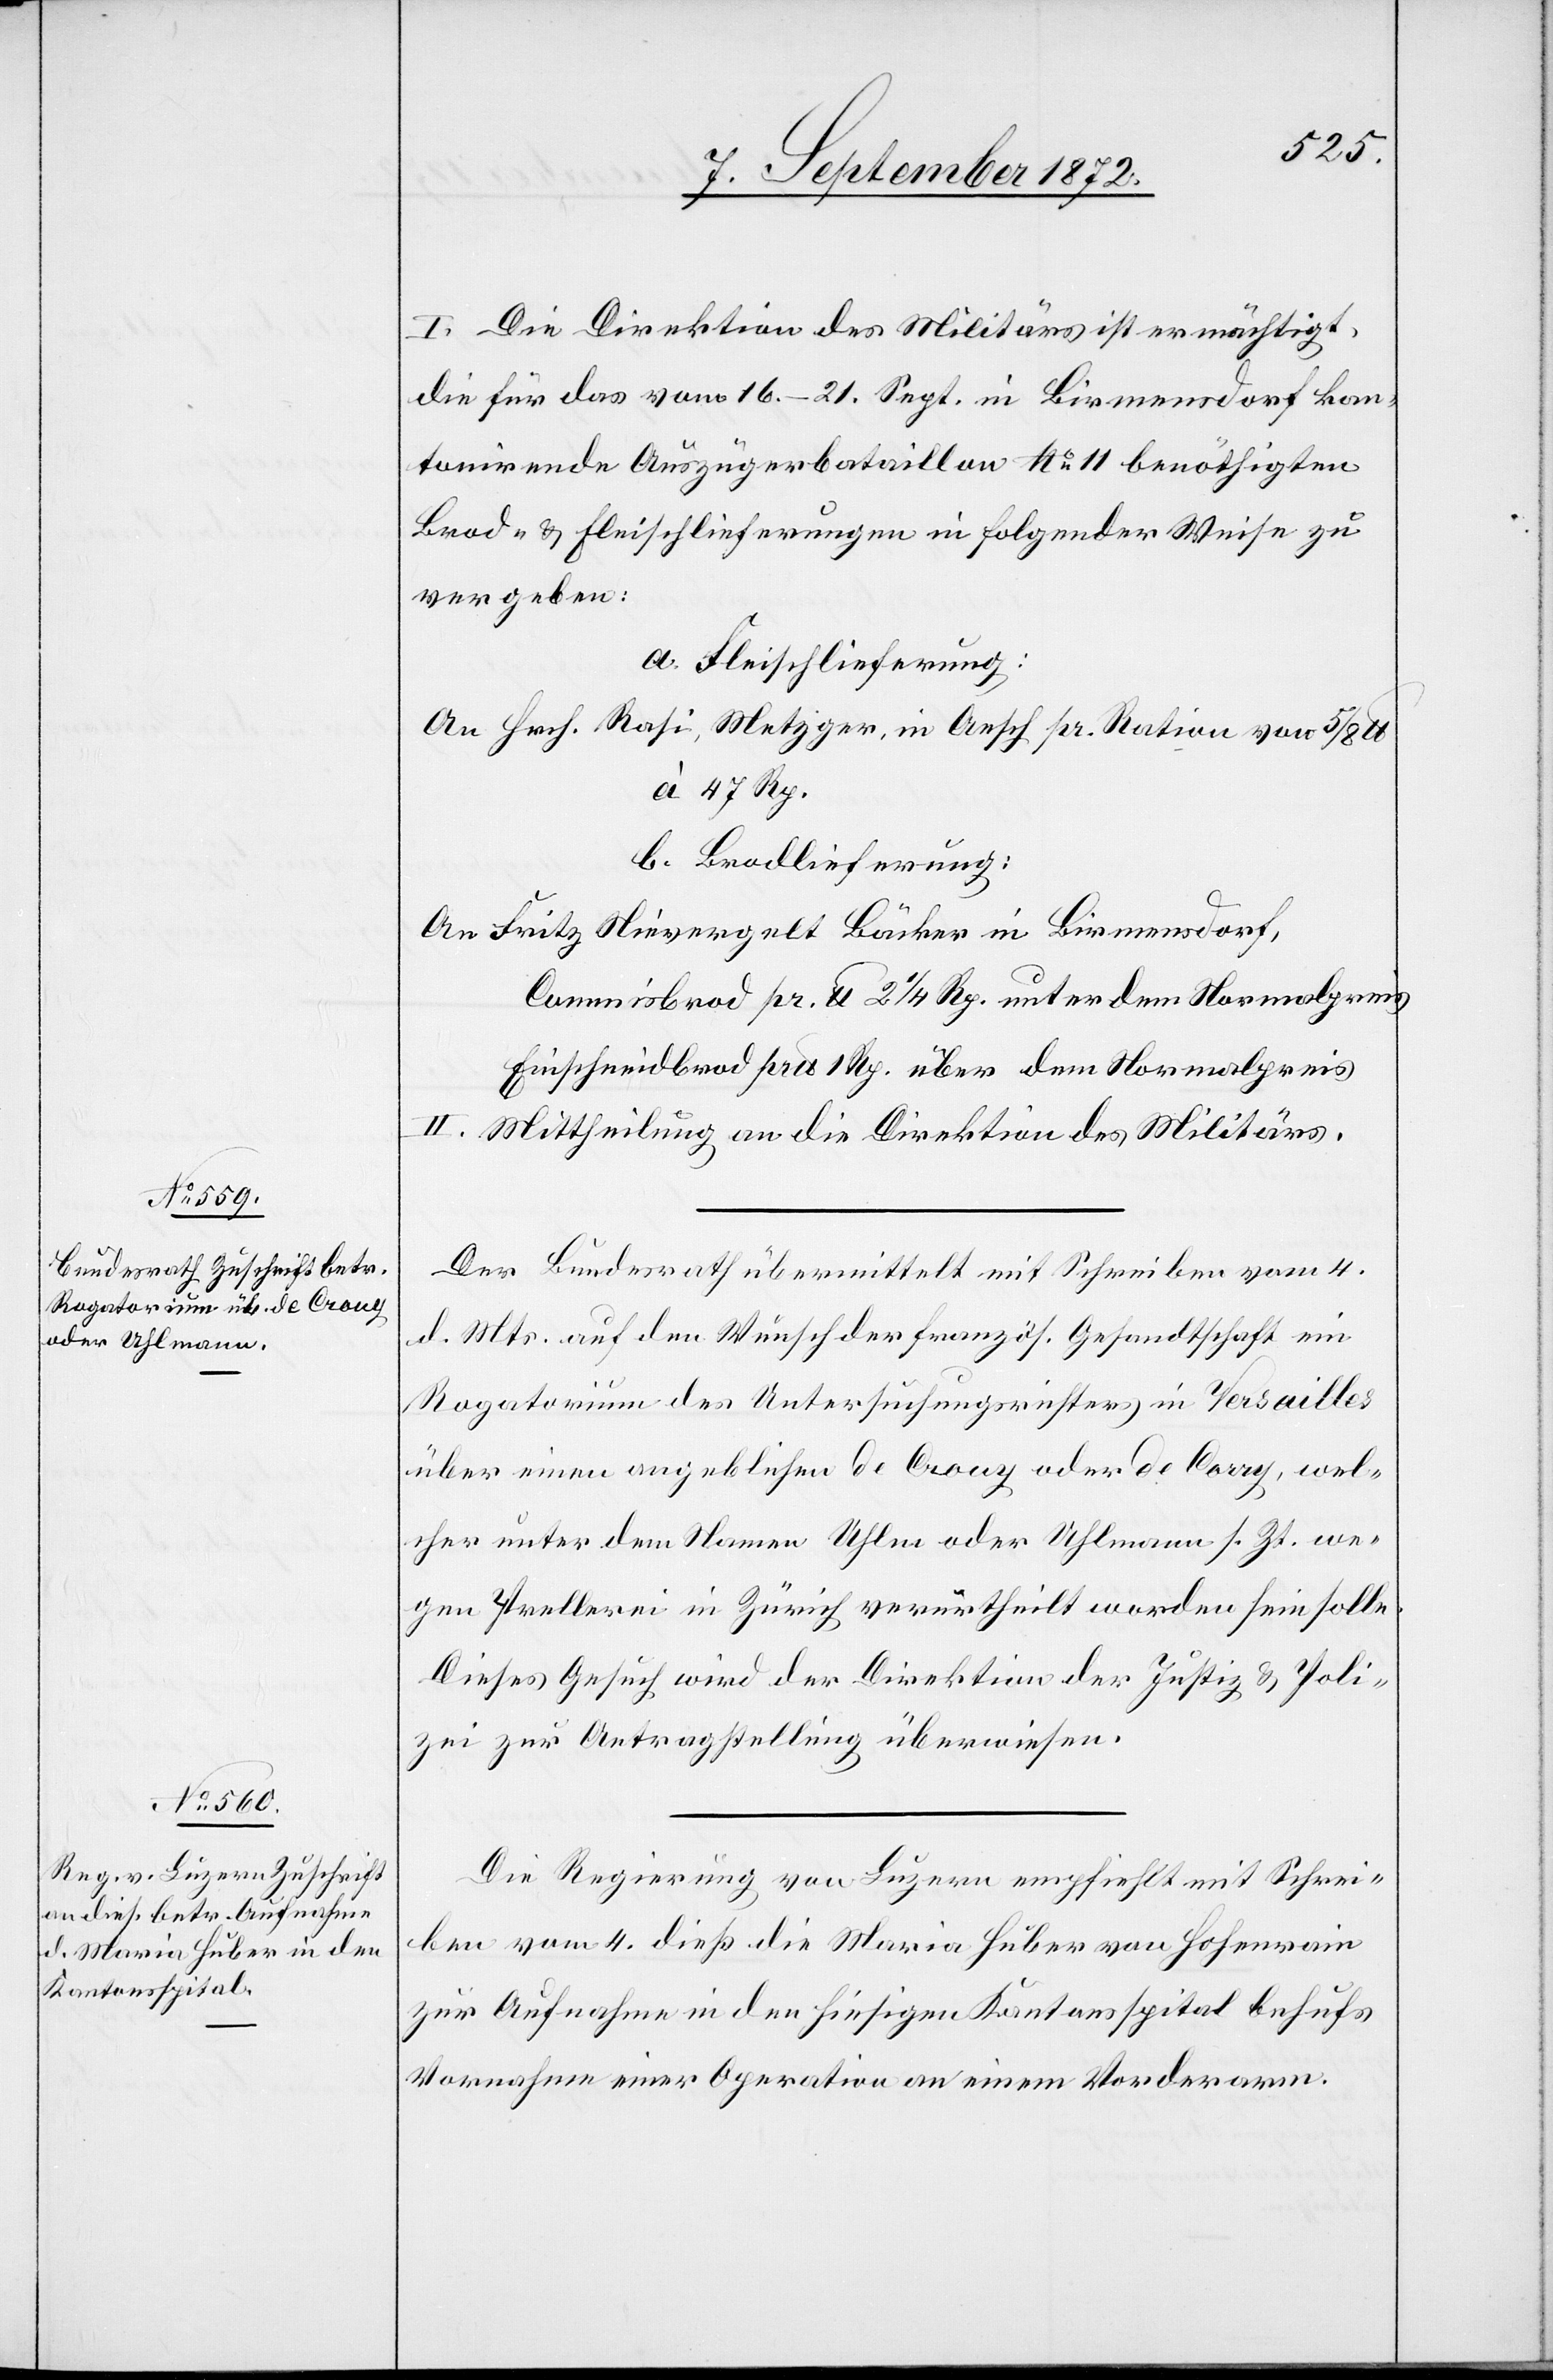
7. September 1872.]
I. Die Direktion des Militärs ist ermächtigt,
die für das vom 16.–21. Sept. in Birmensdorf kan¬
tonirende Auszügerbataillon No 11 benöthigten
Brod- u. Fleischlieferungen in folgender Weise zu
vergeben:
a. Fleischlieferung:
An Hrch. Rasi, Metzger, in Oesch pr. Ration von 5/8
à 47 Rp.
b. Brodlieferung:
An Fritz Nievergelt Bäcker in Birmensdorf,
Commisbrod pr. lb. 2 1/4 Rp. unter dem Normalpreis
Einschneidbrod pr. lb. 1 Rp. über dem Normalpreis
II. Mittheilung an die Direktion des Militärs.
Der Bundesrath übermittelt mit Schreiben vom 4.
d. Mts. auf den Wunsch der französ. Gesandtschaft ein
Rogatorium des Untersuchungsrichters in Versailles
über einen angeblichen de Crouy oder de Corry, wel¬
cher unter dem Namen Uhlm oder Uhlmann s. Zt. we¬
gen Prellerei in Zürich verurtheilt worden sein solle.
Dieses Gesuch wird der Direktion der Justiz u. Poli¬
zei zur Antragstellung überwiesen.
Die Regierung von Luzern empfiehlt mit Schrei¬
ben vom 4. dieß die Maria Huber von Hohenrain
zur Aufnahme in den hiesigen Kantonsspital behufs
Vornahme einer Operation an einem Vorderarm.